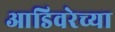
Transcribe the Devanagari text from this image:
आडिवरेच्या